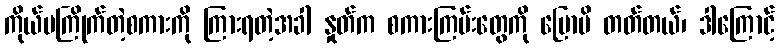
ကိုယ်မကြိုက်တဲ့စကားကို ကြားရတဲ့အခါ နှုတ်က စကားကြမ်းတွေကို ပြောမိ တတ်တယ်၊ ဒါကြောင့်